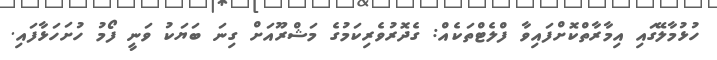
ހުޅުމާލޭގައި އިމާރާތްކޮށްފައިވާ ފްލެޓްތަކެއް: ގެދޮރުވެރިކަމުގެ މަޝްރޫއަށް ގިނަ ބަޔަކު ވަނީ ފޯމު ހުށަހަޅާފައި.